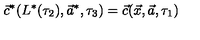
\vec { c } ^ { * } ( L ^ { * } ( \tau _ { 2 } ) , \vec { a } ^ { * } , \tau _ { 3 } ) = \vec { c } ( \vec { x } , \vec { a } , \tau _ { 1 } )